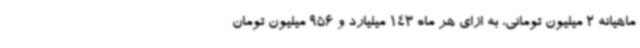
ماهیانه 2 میلیون تومانی، به ازای هر ماه 143 میلیارد و 956 میلیون تومان